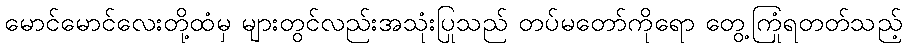
မောင်မောင်လေးတို့ထံမှ များတွင်လည်းအသုံးပြုသည် တပ်မတော်ကိုရော တွေ့ကြုံရတတ်သည့်